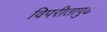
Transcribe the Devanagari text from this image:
विपरीतापुढं